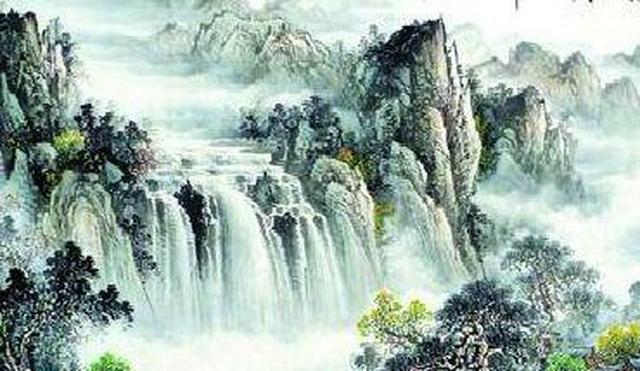
万事到头都是梦，休休。明日黄花蝶也愁。